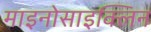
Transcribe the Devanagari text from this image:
माइनोसाइक्लिन